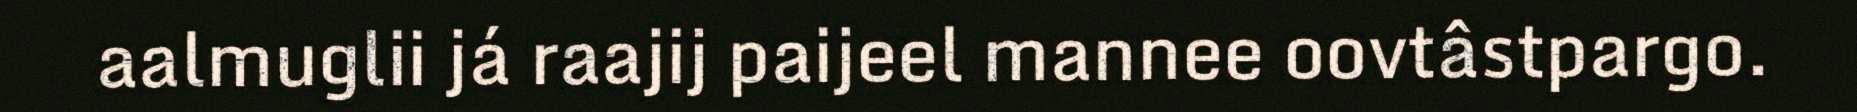
aalmuglii já raajij paijeel mannee oovtâstpargo.